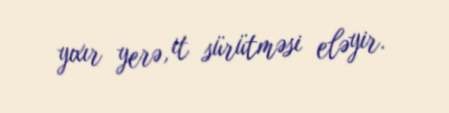
yıxır yerə, it sürütməsi eləyir.